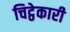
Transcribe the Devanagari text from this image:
चिट्ठेकारी